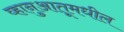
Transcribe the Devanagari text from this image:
व्हानुआतूमधील